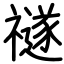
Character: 禭